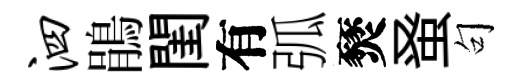
泗鵑閨有弧燹𫊫句